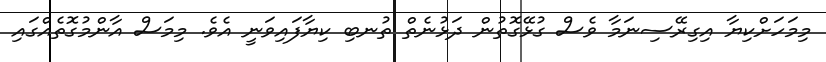
މިމަހަށްކިޔާ އިގިރޭސިނަމާ ވެސް ގުޅޭގޮތުން ދަޅުނެތް ތުނބި ކިޔާފައިވަނީ އެވެ. މިމަސް އާންމުގޮތެއްގައި